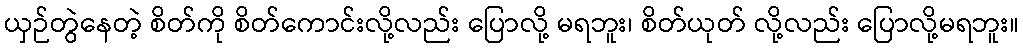
ယှဉ်တွဲနေတဲ့ စိတ်ကို စိတ်ကောင်းလို့လည်း ပြောလို့ မရဘူး၊ စိတ်ယုတ် လို့လည်း ပြောလို့မရဘူး။